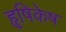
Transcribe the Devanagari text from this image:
हृषिकेष